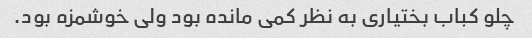
چلو کباب بختیاری به نظر کمی مانده بود ولی خوشمزه بود.